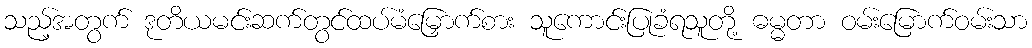
သည့်အတွက် ဒုတိယမင်းဆက်တွင်ထပ်မံမြှောက်စား သူကောင်းပြုခံရသူတို့ ဓမ္မတာ ဝမ်းမြောက်ဝမ်းသာ